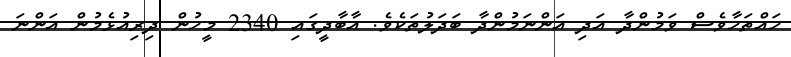
ހައްތަހާވެސް ވަމުންދާ އަދި އަންނަމުންދާ ބަދަލުތަކެވެ. އާބާދީގައި 2340 މީހުން ދިރިއުޅެމުން އަންނަ